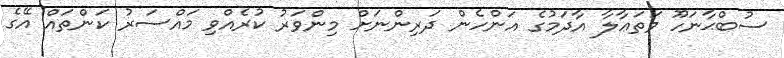
ސުބްޙާނަހޫ ވަތަޢާލާ އާދަމުގެ އަންހެން ދަރިންނަށް މިންވަރު ކުރެއްވި މައްސަރު ކަންތައް އޭގެ